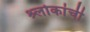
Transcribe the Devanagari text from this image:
श्र्लोकांची